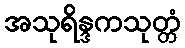
အသုရိန္ဒကသုတ္တံ